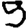
Digit: 5